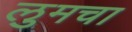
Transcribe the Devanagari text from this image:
लुमचा